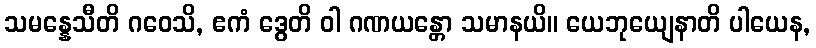
သမန္နေသီတိ ဂဝေသိ, ဧကံ ဒွေတိ ဝါ ဂဏယန္တော သမာနယိ။ ယေဘုယျေနာတိ ပါယေန,